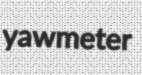
yawmeter